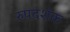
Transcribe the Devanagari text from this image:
रुपदर्शक